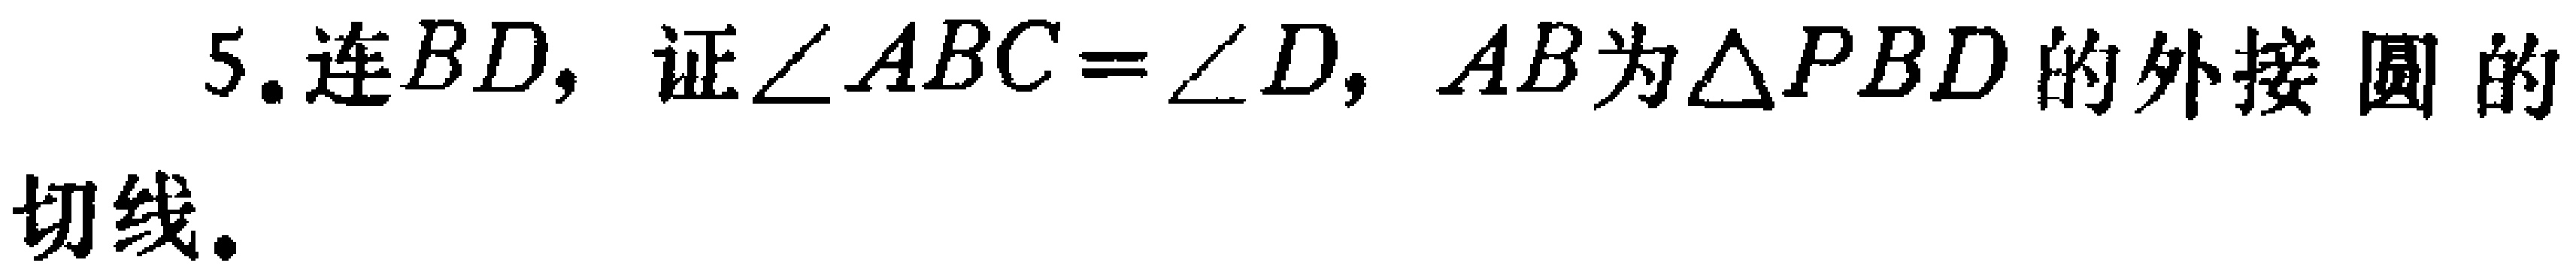
5. 连\(BD\)，证\(\angle ABC = \angle D\)，\(AB\)为\(\triangle PBD\)的外接圆的切线。